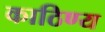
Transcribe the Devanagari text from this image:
काठिण्य